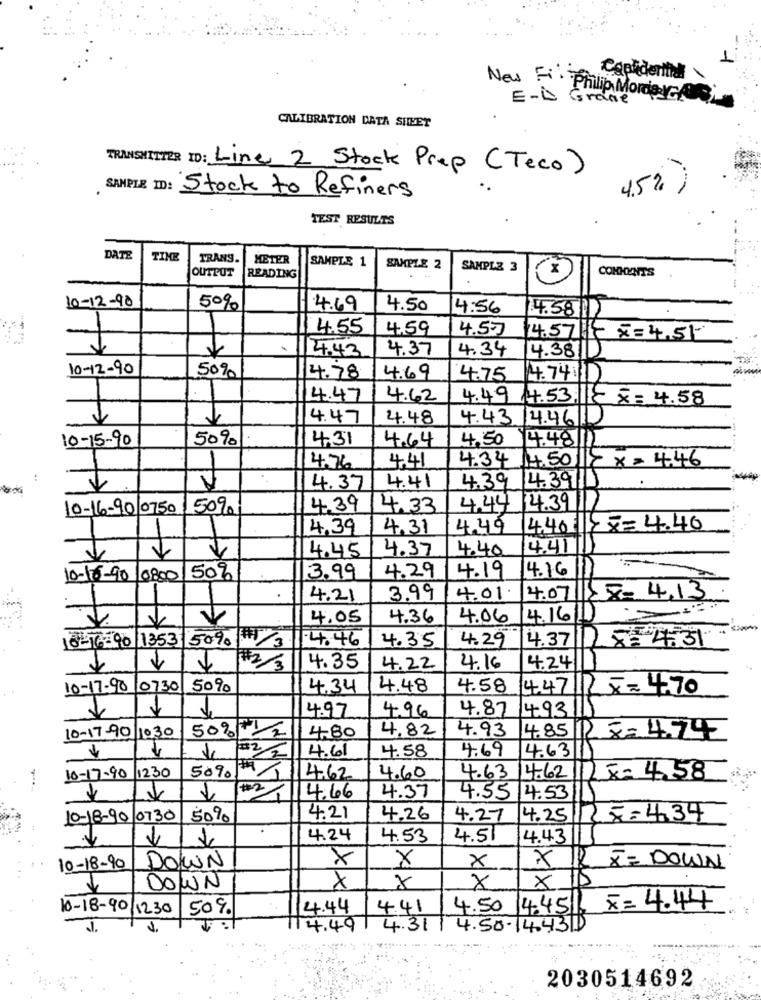
Copidential
New Fi. Philip MorderGAS
E-D Grace
CALIBRATION DATA SHEET
TRANSMITTER ID: Line 2 Stock Prep (Teco)
SAMPLE ID: Stock to Refiners
4.5% )
TEST RESULTS
DATE
TIME
TRANS.
METER
SAMPLE 1
OUTPUT
SAMPLE 2
SAMPLZ 3
COMMENTS
READING
10-12-90
50%
4.69
4.50
4:56
4.58
-
4.55
4.59
4.57
14.57 } =4.51
4.43
4.37
4.34
4.3811
10-12-90
50%
4.78
4.69
4.75
4.74.10
14.47
4.62
4.49 /4.53. 18 x = 4.58
4.47
4.48
4.43 4.46/1
10-15-90
50%
4.31
4.64
4.50
4.48
4.41
4.34 /4.50 /12 x= 446
4.76
4.39 4.39 11
-2
4.37
4.41
10-16-90 0750
50%
4.39
4.33
4.44 14.39/11
4.39
4.31
4.49
14.40 |> == 4.40
4.45
4.37
4.40
4.41
4.16
10-10-90 0800
50%
3.99
4.29
4.19
4.21
3.99
4.01.
4.07 28= 4.13
4.05
4.36
4.06
4.16
18-16:90 / 1353 509 /3
14.46
4.29
4.37
8: 4.31
4.35
#2/3
4.35
4.22
4.16
4.24
10-17-90
0730 50%
4.34
4.48
4.58
447 Rx=470
4.97
4.96
4.87
4.93
50% +1
2
4.82
10-17-90 10.30
4.80
4.93 4.85
R&= 4.74
4.61
4.58
4.69
4.63
50%
10-17-90 12:30
14.62
4.60
4.63 4.62|2 x = 4.58
1
4.66
4.37
4.55 4.53
10-18-90 0730
50%
4.21
4.26
4.27
4.25/25=4.34
4.24
4.53
4.51
4.43
×
X
X 12
10-18-90
DOWN
X
X= DOWN
X 15
DOWN
X
10-18-90/1230
50%
14.44
4.41
4.50 4.4516
x= 4.44
-
14.49| 4.31/4.50-14.431
2030514692